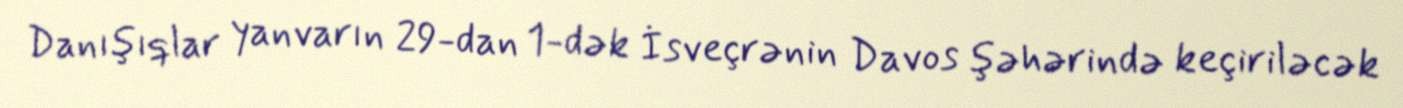
Danışıqlar yanvarın 29-dan 1-dək İsveçrənin Davos şəhərində keçiriləcək